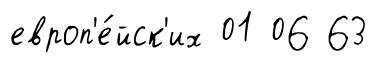
европ'е́йск'их 01 06 63